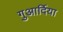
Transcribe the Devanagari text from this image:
गुआर्दिया